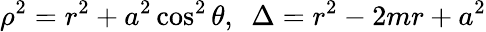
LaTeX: \rho^{2}=r^{2}+a^{2}\cos^{2}\theta,~~\Delta=r^{2}-2mr+a^{2}